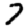
Digit: 7